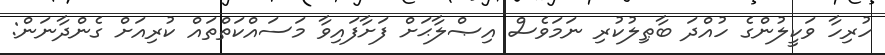
ހުރިހާ ވަކީލުންގެ ހުއްދަ ބާޠިލުކުރި ނަމަވެސް އިޞްލާޙަށް ފަށާފައިވާ މަސައްކަތްތައް ކުރިއަށް ގެންދާނަން: